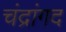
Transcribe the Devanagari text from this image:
चंद्रांगद